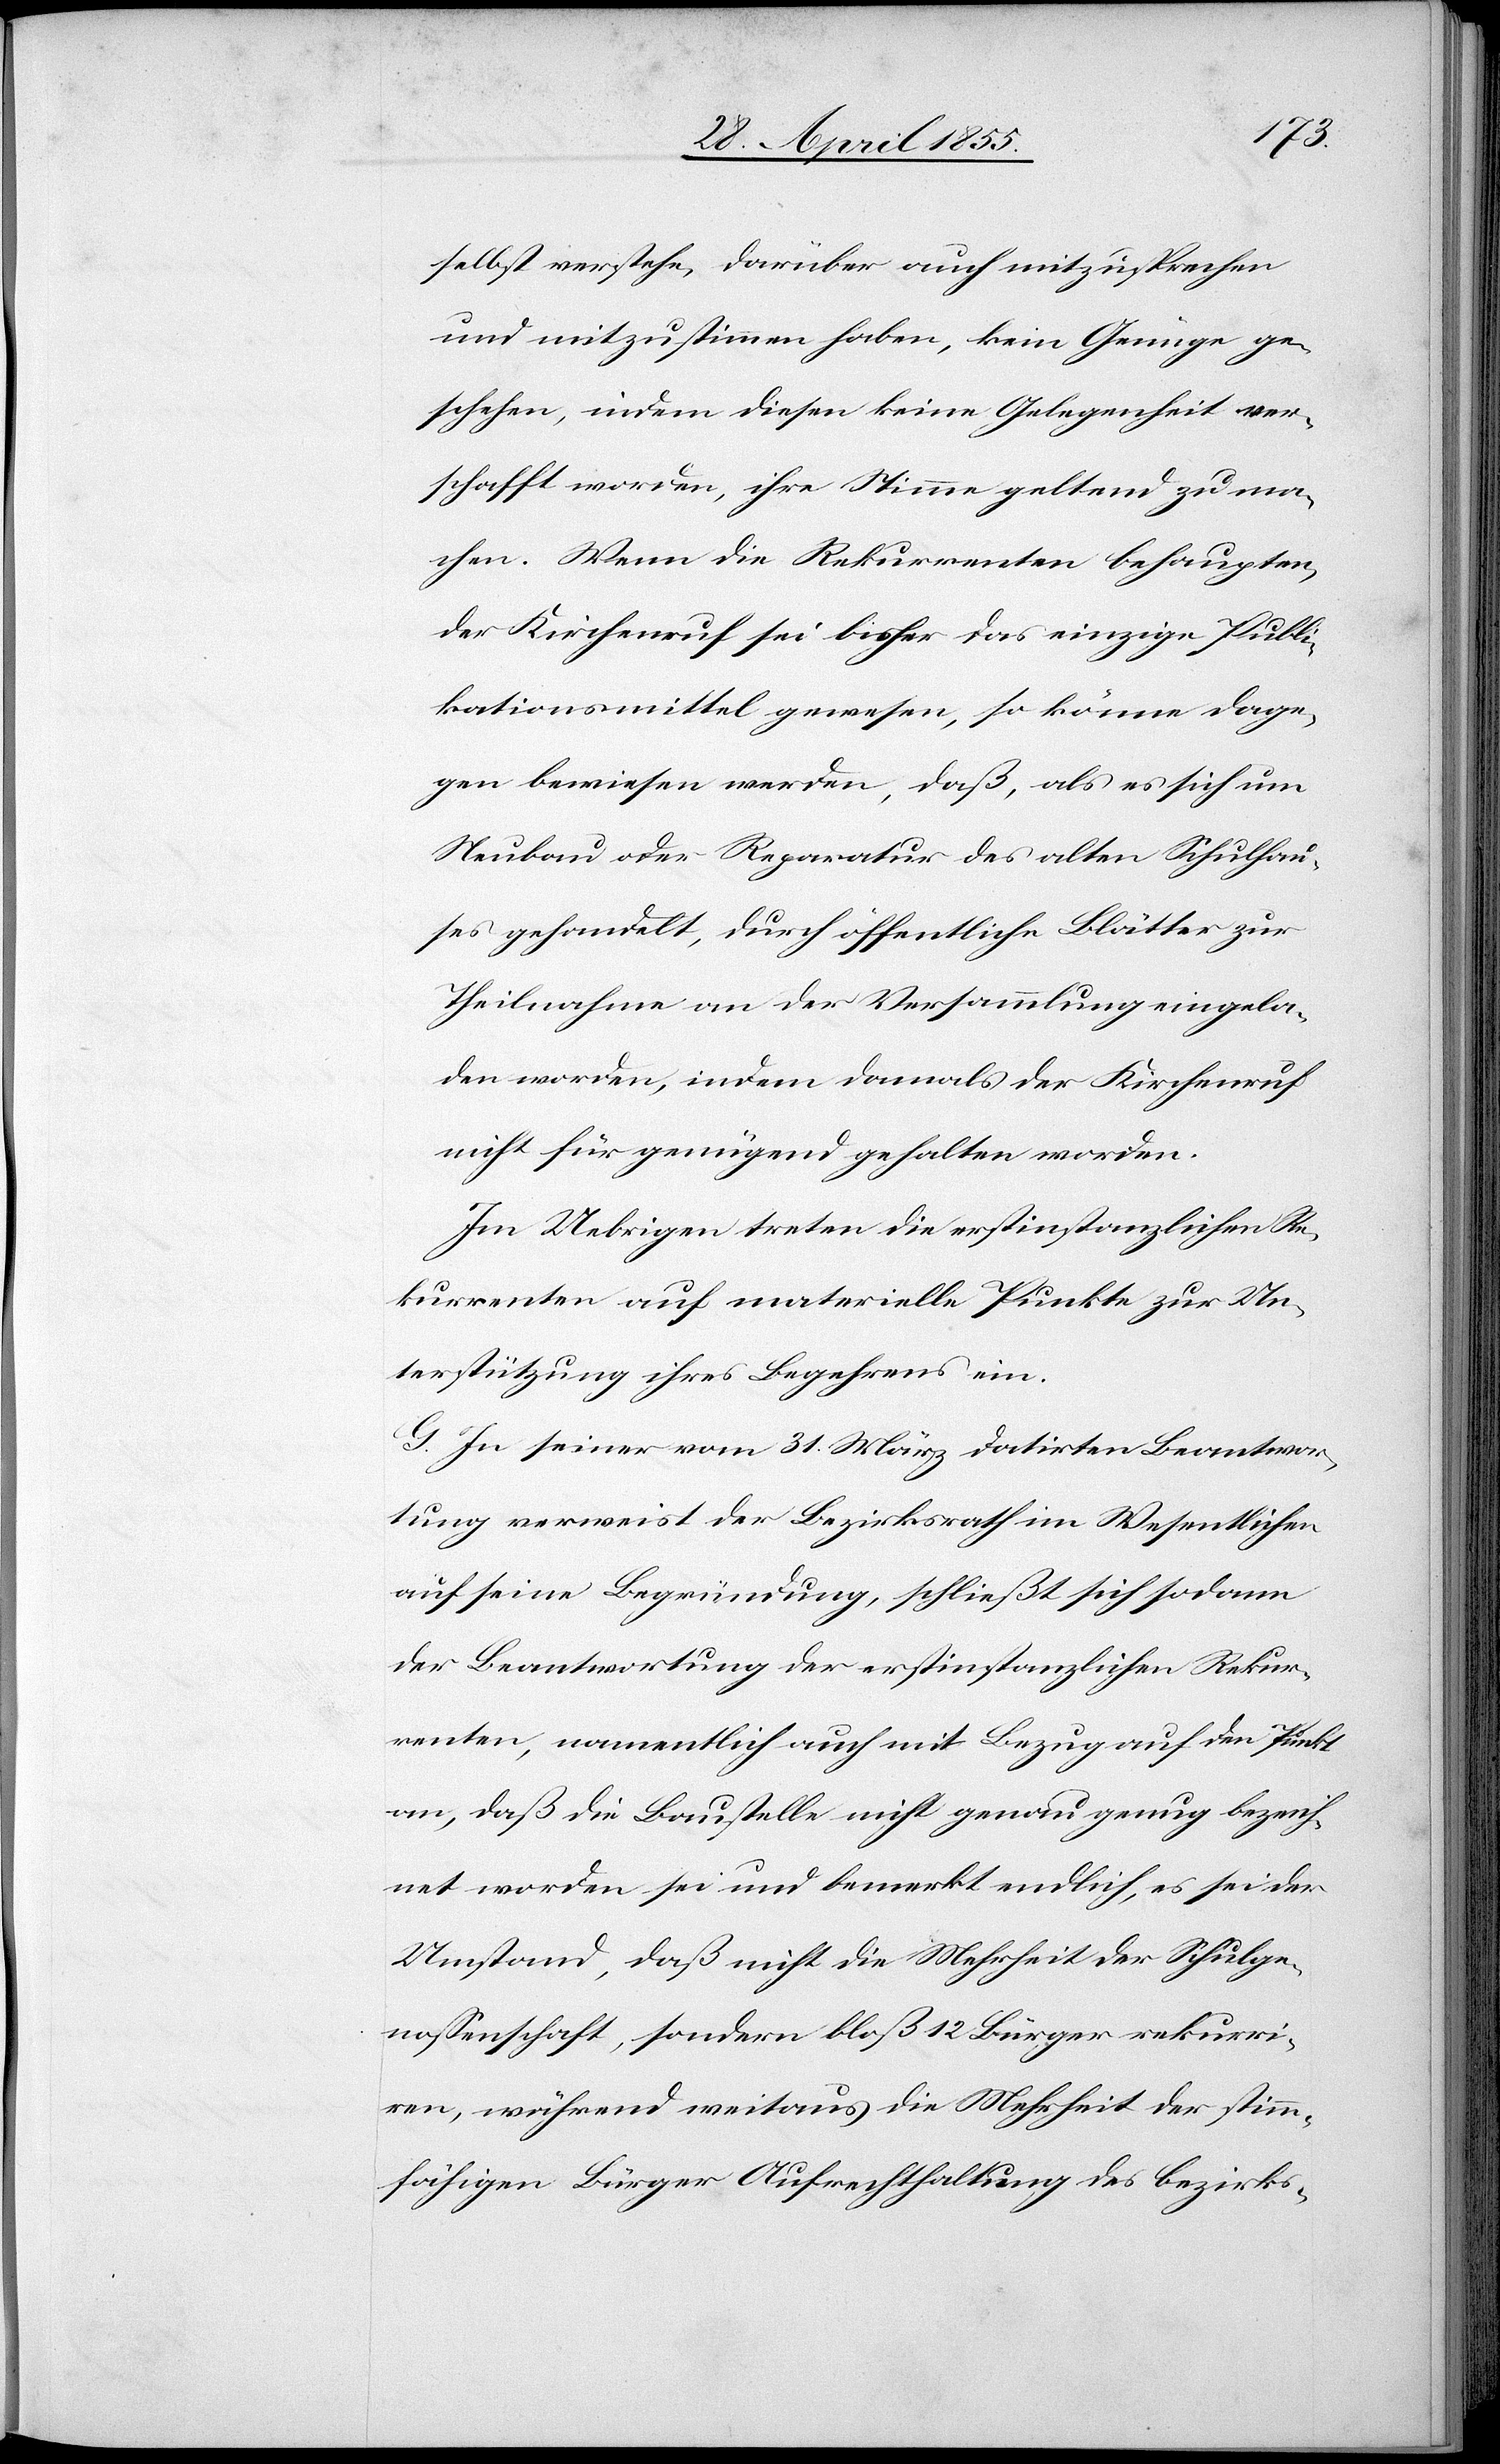
selbst verstehe, darüber auch mitzusprechen
und mitzustimmen haben, kein Genüge ge¬
schehen, indem diesen keine Gelegenheit ver¬
schafft worden, ihre Stimme geltend zu ma¬
chen. Wenn die Rekurrenten behaupten,
der Kirchenruf sei bisher das einzige Publi¬
kationsmittel gewesen, so könne dage¬
gen bewiesen werden, daß, als es sich um
Neubau oder Reparatur des alten Schulhau¬
ses gehandelt, durch öffentliche Blätter zur
Theilnahme an der Versammlung eingela¬
den worden, indem damals der Kirchenruf
nicht für genügend gehalten worden.
Im Uebrigen treten die erstinstanzlichen Re¬
kurrenten auf materielle Punkte zur Un¬
terstützung ihres Begehrens ein.
G. In seiner vom 31. März datirten Beantwor¬
tung verweist der Bezirksrath im Wesentlichen
auf seine Begründung, schließt sich sodann
der Beantwortung der erstinstanzlichen Rekur¬
renten, namentlich auch mit Bezug auf den Punkt
an, daß die Baustelle nicht genau genug bezeich¬
net worden sei und bemerkt endlich, es sei der
Umstand, daß nicht die Mehrheit der Schulge¬
nossenschaft, sondern bloß 12 Bürger rekurri¬
ren, während weitaus die Mehrheit der stimm¬
fähigen Bürger Aufrechthaltung des bezirks-